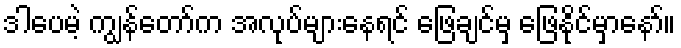
ဒါပေမဲ့ ကျွန်တော်က အလုပ်များနေရင် ဖြေချင်မှ ဖြေနိုင်မှာနော်။